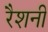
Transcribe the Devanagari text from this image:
रैशनी